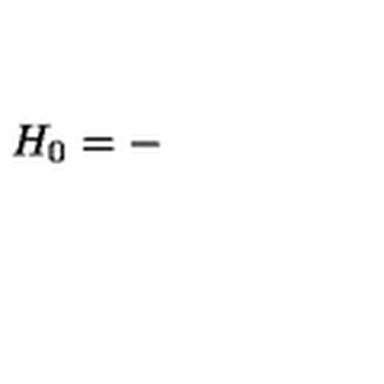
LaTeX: H _ { 0 } = -